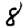
Digit: 8